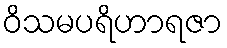
ဝိသမပရိဟာရဇာ